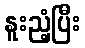
နူးညံ့ပြီး